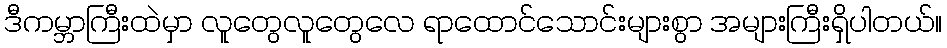
ဒီကမ္ဘာကြီးထဲမှာ လူတွေလူတွေလေ ရာထောင်သောင်းများစွာ အများကြီးရှိပါတယ်။